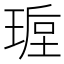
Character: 𭹩